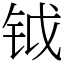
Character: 钺